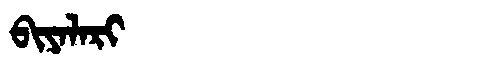
Manchu: ᠪᡳᠶᠠᠯᠠᡵᡳ
Romanization: BIYALARI